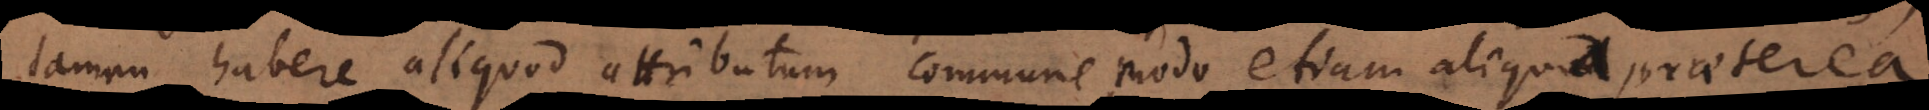
tamen habere aliquod attributum commune, modo etiam aliqua praeterea